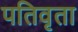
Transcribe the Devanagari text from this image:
पतिवृता